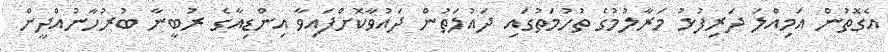
އެގޮތުން އަމިއްލަ ދަރިފުޅު މަރާލުމުގެ ތުހުމަތުގައި ދައުލަތުން ދައުވާކޮށްފައިވާ އިންޑިއާގެ ރުބީނާ ބުރުހާނުއްދީން